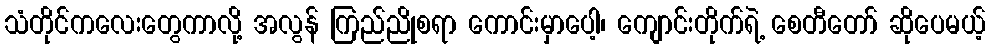
သံတိုင်ကလေးတွေကာလို့ အလွန် ကြည်ညိုစရာ ကောင်းမှာပေါ့၊ ကျောင်းတိုက်ရဲ့ စေတီတော် ဆိုပေမယ့်